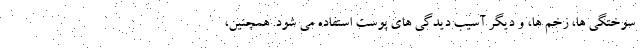
سوختگی ها، زخم ها، و دیگر آسیب دیدگی های پوست استفاده می شود. همچنین،